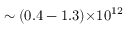
\sim ( 0 . 4 - 1 . 3 ) { \times } 1 0 ^ { 1 2 }